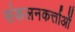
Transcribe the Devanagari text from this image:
संकलनकर्त्ताओं